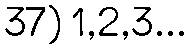
37) 1,2,3...